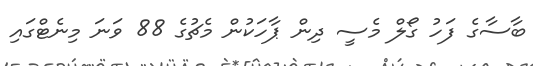
ބާސާގެ ފަހު ގޯލް މެސީ ދިން ޕާހަކުން މެޗުގެ 88 ވަނަ މިނެޓްގައި